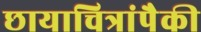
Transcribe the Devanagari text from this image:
छायाचित्रांपैकी